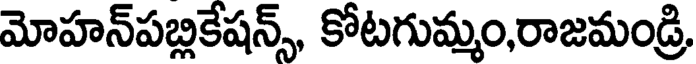
మోహన్పబ్లికేషన్స్, కోటగుమ్మం,రాజమండ్రి,